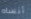
أنساه